Annual administration report of the Civil Veterinary Department, Ajmere-Merwara, British Rajputana - 1914-1940
Year: 1914
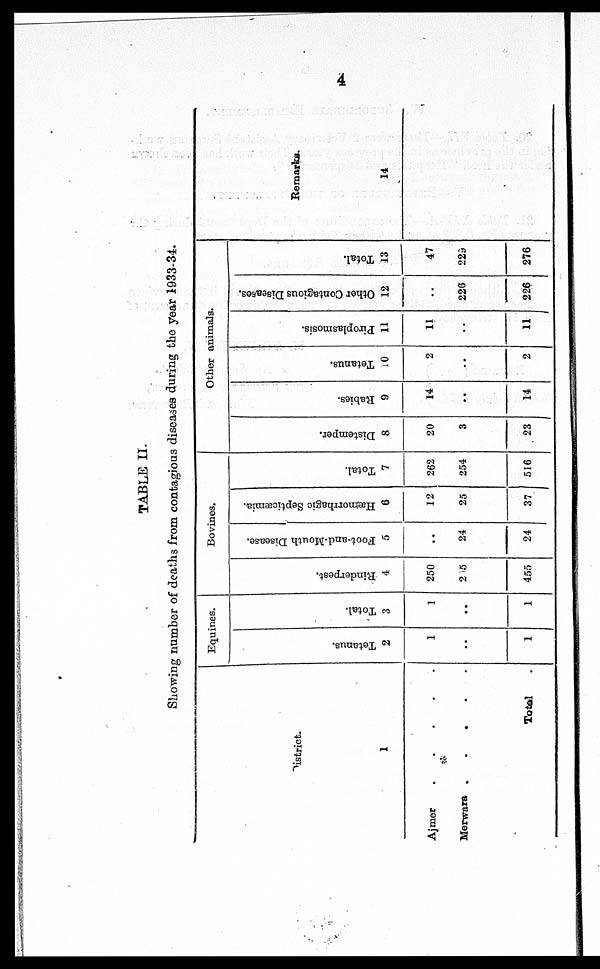
4
TABLE II.
Showing number of deaths from contagious diseases during the year 1933-34.
District.
1
Ajmer . . . . .
Merwara
.
.
.
.
.
Total .
Equines.
Tetanus.
2
1
..
1
Total.
3
1
..
1
Bovines.
Rinderpest.
4
250
205
455
Foot-and-Mouth Disease.
5
..
24
24
Hæmorrhagic Septicæmia.
6
12
25
37
Total.
7
262
254
516
Other animals.
Distemper.
8
20
3
23
Rabies.
9
14
..
14
Tetanus.
10
2
..
2
Piroplasmosis.
11
11
..
11
Other Contagious Diseases.
12
..
226
226
Total.
13
47
229
276
Remarks.
14